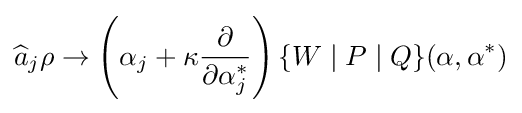
{\widehat {a}}_{j}\rho \rightarrow \left(\alpha _{j}+\kappa {\frac {\partial }{\partial \alpha _{j}^{*}}}\right)\{W\mid P\mid Q\}(\mathbf {\alpha } ,\mathbf {\alpha } ^{*})